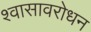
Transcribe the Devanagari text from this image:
श्वासावरोधन